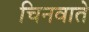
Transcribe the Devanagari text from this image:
चिनवाते